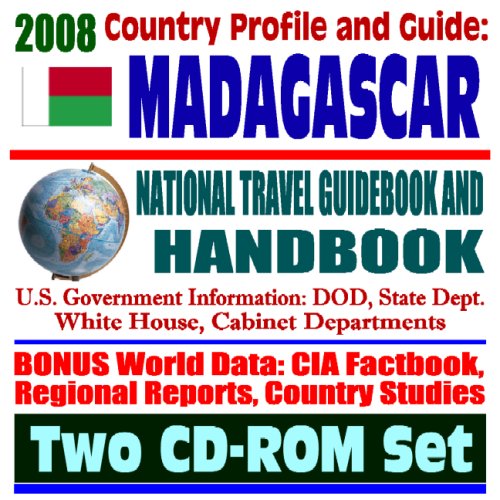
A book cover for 2008 Country Profile and Guide to Madagascar- National Travel Guidebook and Handbook - USAID, AGOA, U.S. relations, Doing Business, Malaria, African Business Guide (Two CD-ROM Set); U.S. Government; Travel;